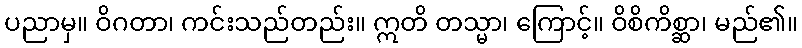
ပညာမှ။ ဝိဂတာ၊ ကင်းသည်တည်း။ ဣတိ တသ္မာ၊ ကြောင့်။ ဝိစိကိစ္ဆာ၊ မည်၏။